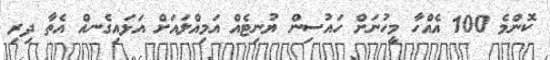
ކޮންމެ 100 އެއްހާ މީހުނަށް ހައުސިން ޔުނިޓެއް އަމިއްލައަށް އަޅައިގެނއް އެތާ ދިރި